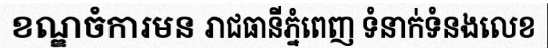
ខណ្ឌចំការមន រាជធានីភ្នំពេញ ទំនាក់ទំនងលេខ